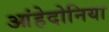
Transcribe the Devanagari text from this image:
आंहेदोनिया